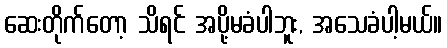
ဆေးတိုက်တော့ သိရင် အပို့မခံပါဘူး, အသေခံပါ့မယ်။